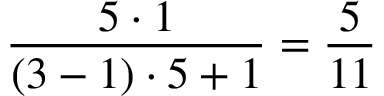
\frac { 5 \cdot 1 } { ( 3 - 1 ) \cdot 5 + 1 } = \frac { 5 } { 1 1 }